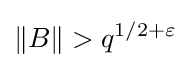
\|B\|>q^{1/2+\varepsilon }